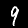
Label: 9